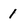
Character: 1